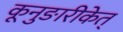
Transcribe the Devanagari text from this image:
कूनुङारीकेत्